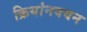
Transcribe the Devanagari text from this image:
क्रियांनवयन